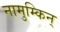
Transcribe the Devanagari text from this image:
नामुम्किन्